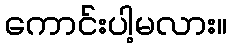
ကောင်းပါ့မလား။